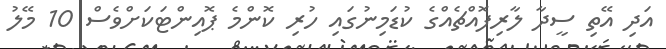
އަދި އޭތި ސީދާ ލާރިފޮއްޗެއްގެ ކުޑަމިނުގައި ހުރި ކޮންމެ ޕޮއިންޓަކަށްވެސް 10 މޭލު